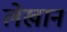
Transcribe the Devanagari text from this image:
लेखान